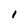
Character: l